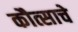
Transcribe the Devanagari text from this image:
कौत्साचे